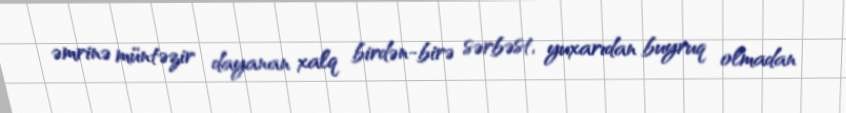
əmrinə müntəzir dayanan xalq birdən-birə sərbəst, yuxarıdan buyruq olmadan